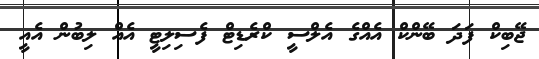
ޖޭބިކް ފަދަ ބޭންކް އެއްގެ އެލްސީ ކްރެޑިޓް ފެސިލިޓީ އެއް ލިބުން އެއީ